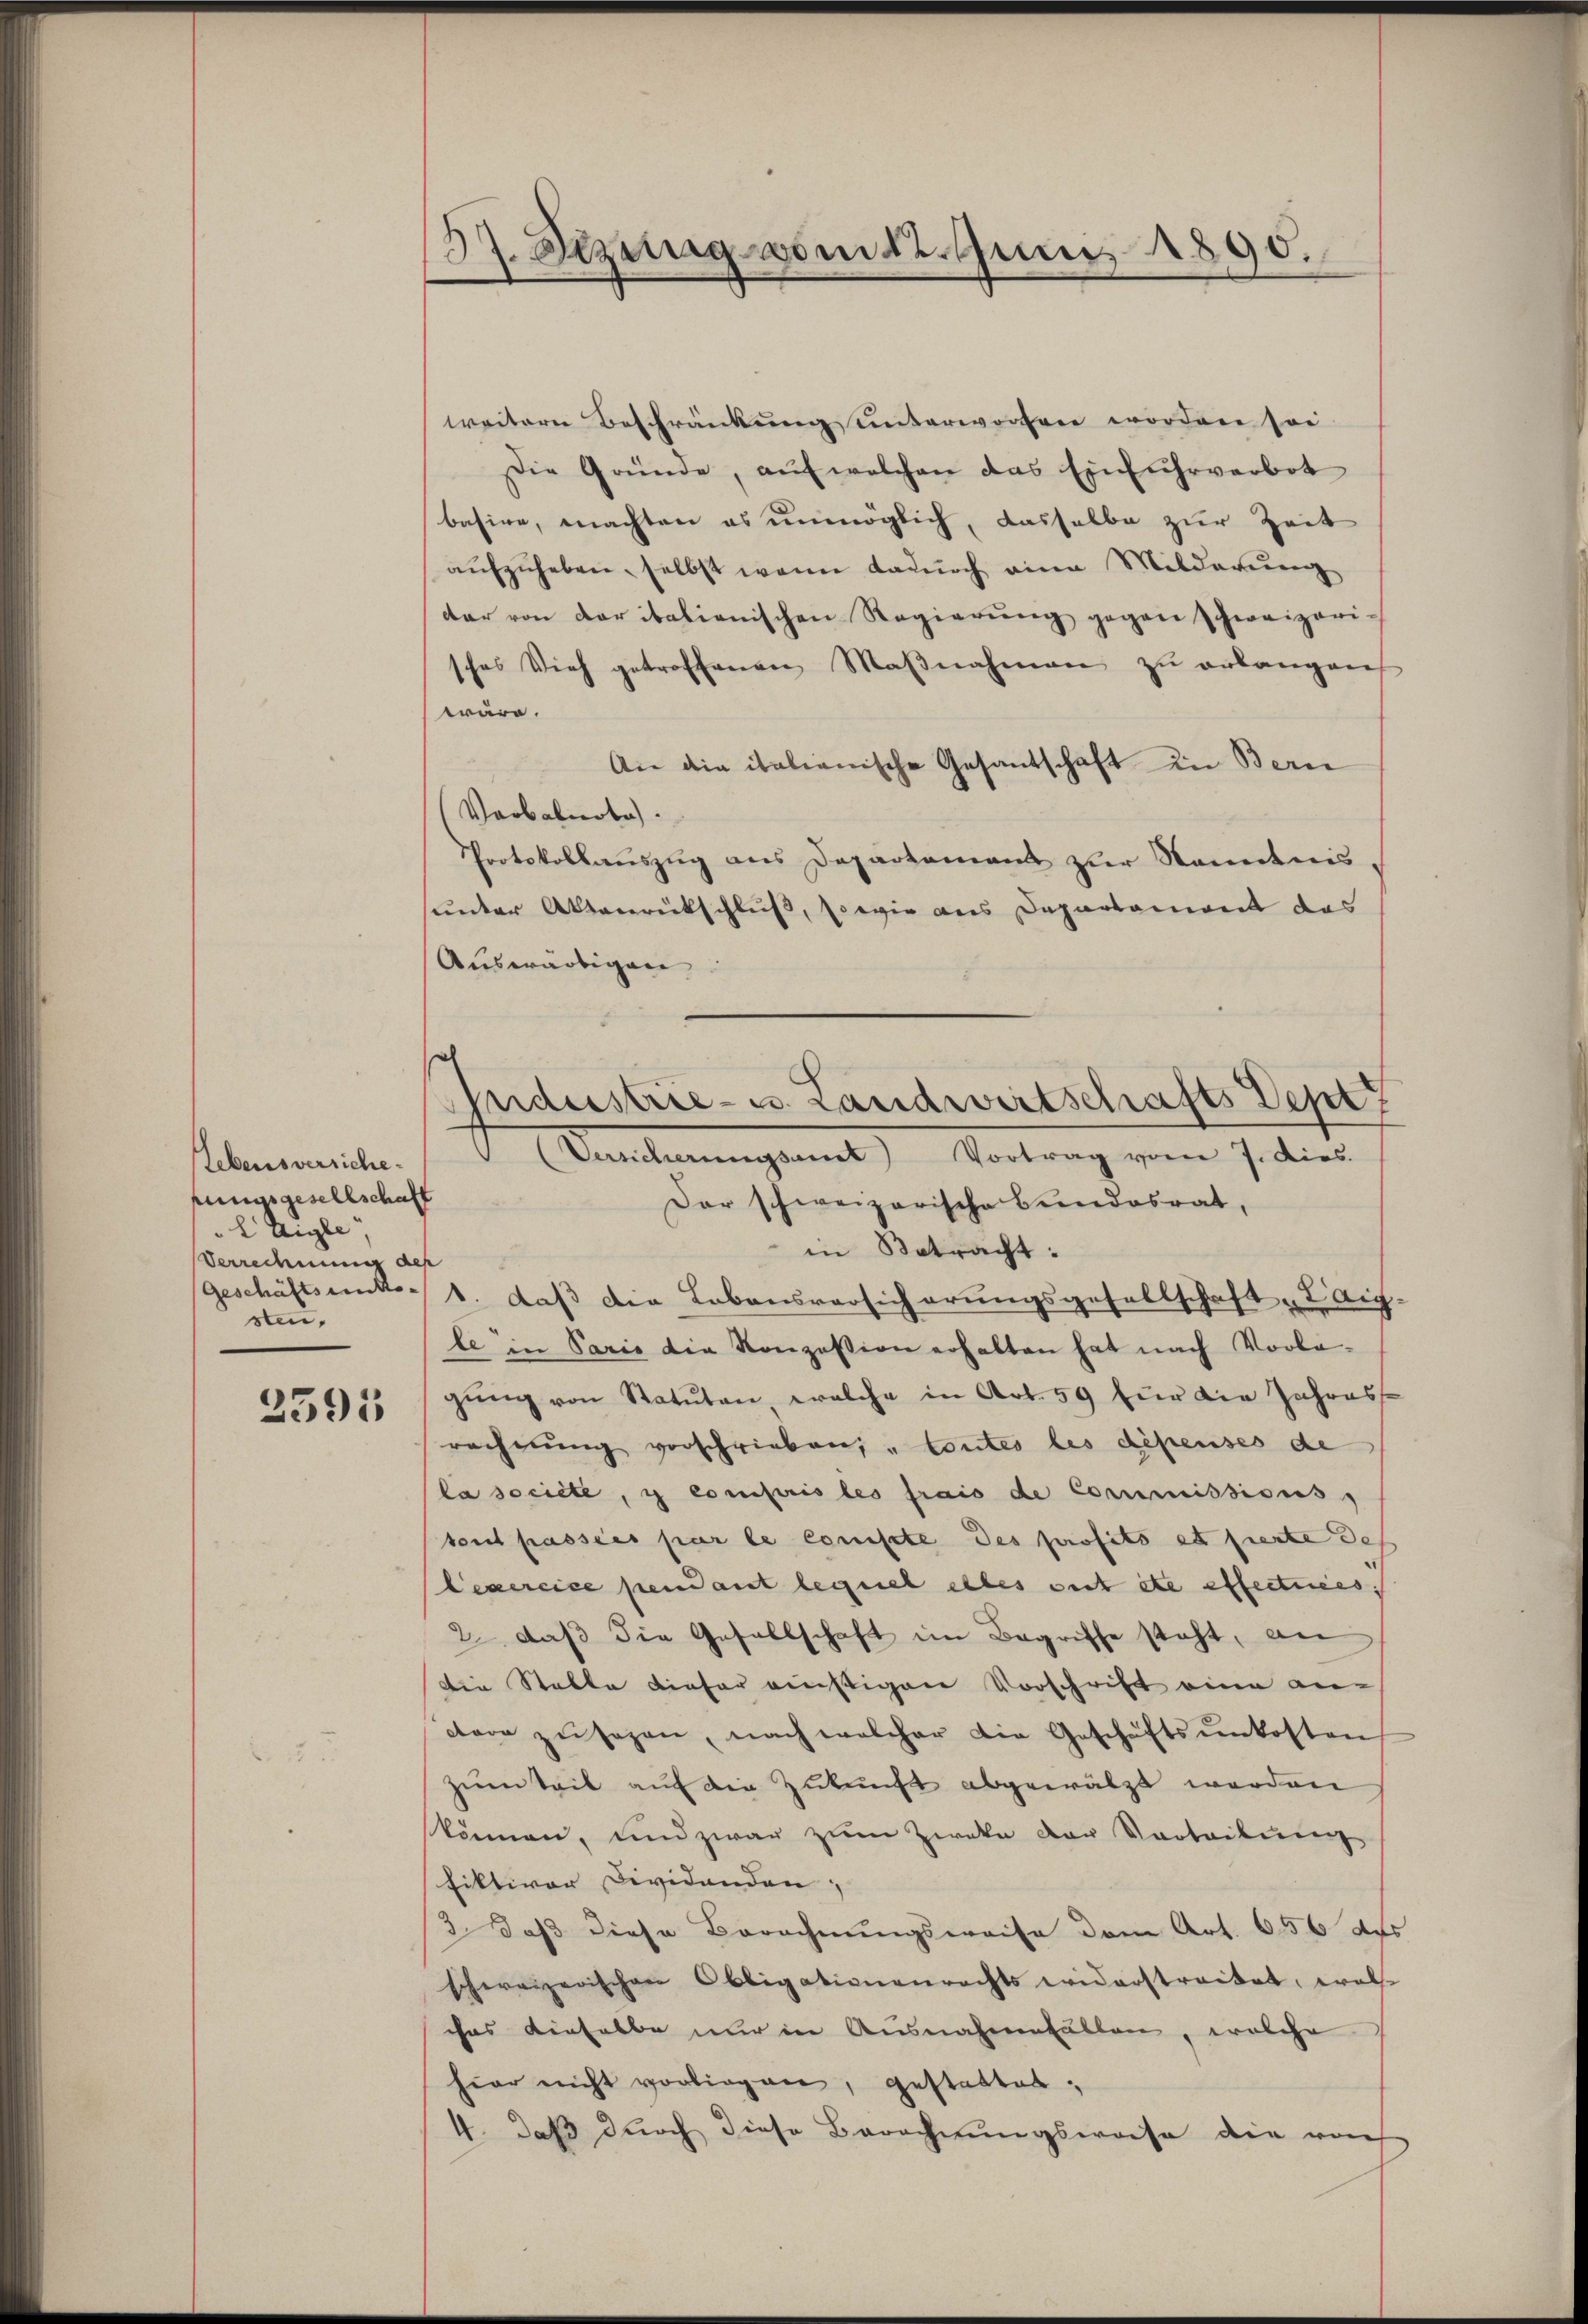
Lebensversichefungsgesellschaft
 Aigle,
Verrechnung des
(Geschäftsantto-
sten,
2591

37. Sezung vom Juni 1890.

weitere Beschränkung unterworfen worden sei
Die Gründe, aŭf welchen das Einfuhrverbot
basire, machten es unmöglich, dasselbe zur Zeit
aufzuheben, selbst wenn dadurch eine Milderung
dar von der italienischen Regierung gegen schweizeri-
sches Vieh getroffenen Maβnahmen zŭ erlangen
wäre.
An die italienische Gesantschaft in Bern
Verbalnote.
Protokollauszug aus Departement zur Kenntnis,
unter Aktenrückschluß, sowie aus Departenwert das
Auswärtigen
Der schweizerische Bundesrat,
in Betracht:
1. daß die Lebensversicherungsgesellschaft „Laig-
le in Paris die Konzession erhalten hat nach Vorla-
gŭng von Statuten welche in Art. 59 für die Jahres-
rechnung vorschrieben; „contes les dépenses de
la societe, i compris les frais de Commissions,
sont passées par le conste des profits et fierte des
Lexercice pendant lequel elles seit etc effectuées.
2. daβ die Gesellschaft im Begriffe steht, an
die Stalle dieser richtigen Vorschrift eine an-
ctare zŭsagen, nach welcher die Geschäftsŭnkosten
zum Teil auf die Zukunft abgewälzt werden
können, und zwar zŭm Zweke der Vorteilun
fiktiver Dividanden; |
2 daß diese Berechnungsweise dem Art. 656 des
schweizerischen Obligationenrechts widerstreitet, woll
chas dieselbe nur in Ausnahmefallen, welche
hier nicht vorliegen, gestattet,
4. daß durch diese Berechnungsweise die von

Industrie-C. Landwirtschafts Dept
Versicherungsamt Vortrag vom 7. dies.